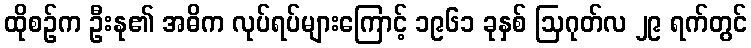
ထိုစဉ်က ဦးနု၏ အဓိက လုပ်ရပ်များကြောင့် ၁၉၆၁ ခုနှစ် ဩဂုတ်လ ၂၉ ရက်တွင်